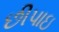
છીપાઇ